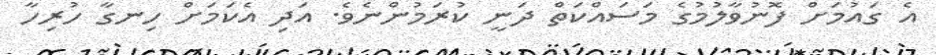
އެ ގައުމަށް ފޮނުވާލުމުގެ މަސައްކަތް ދަނީ ކުރަމުންނެވެ. އަދި އެކަމަށް ހިނގާ ހުރިހާ